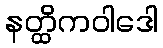
နတ္ထိကဝါဒေါ